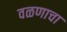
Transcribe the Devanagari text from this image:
वळणाचा